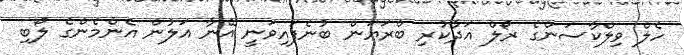
ހެލް ވިލްކާސަންގެ ރޯލް އަދާކުރި ބްރަޔަން ބުނެފައިވަނީ އޭނާ އަލުން އެންމެންގެ ލޯބި